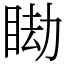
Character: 䀷